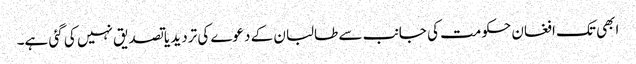
ابھی تک افغان حکومت کی جانب سے طالبان کے دعوے کی تردید یا تصدیق نہیں کی گئی ہے۔